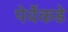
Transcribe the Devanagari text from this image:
पेर्वेकडे